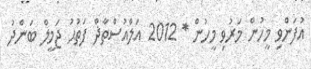
އުފަންވި މީހުން މަރުވި މީހުން * 2012 އަލްއުސްތާޛް ފަތުޙު ޖަމީލް ބަންދު